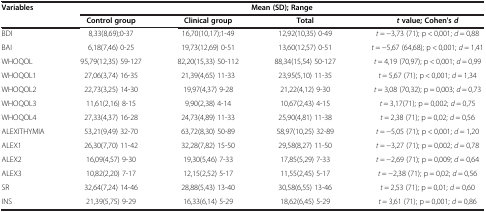
<table><thead><tr><td rowspan="2"><b>Variables</b></td><td colspan="4"><b>Mean (SD); Range</b></td></tr><tr><td><b>Control group</b></td><td><b>Clinical group</b></td><td><b>Total</b></td><td><b><i>t </i>value; Cohen's <i>d</i></b></td></tr></thead><tbody><tr><td>BDI</td><td>8,33(8,69);0-37</td><td>16,70(10,17);1-49</td><td>12,92(10,35) 0-49</td><td><i>t</i> = −3,73 (71); p &lt; 0,001; <i>d</i> = 0,88</td></tr><tr><td>BAI</td><td>6,18(7,46) 0-25</td><td>19,73(12,69) 0-51</td><td>13,60(12,57) 0-51</td><td><i>t</i> = −5,67 (64,68); p &lt; 0,001; <i>d</i> = 1,41</td></tr><tr><td>WHOQOL</td><td>95,79(12,35) 59-127</td><td>82,20(15,33) 50-112</td><td>88,34(15,54) 50-127</td><td><i>t</i> = 4,19 (70,97); p &lt; 0,001; <i>d</i> = 0,99</td></tr><tr><td>WHOQOL1</td><td>27,06(3,74) 16-35</td><td>21,39(4,65) 11-33</td><td>23,95(5,10) 11-35</td><td><i>t</i> = 5,67 (71); p &lt; 0,001; <i>d</i> = 1,34</td></tr><tr><td>WHOQOL2</td><td>22,73(3,25) 14-30</td><td>19,97(4,37) 9-28</td><td>21,22(4,12) 9-30</td><td><i>t</i> = 3,08 (70,32); p = 0,003; <i>d</i> = 0,73</td></tr><tr><td>WHOQOL3</td><td>11,61(2,16) 8-15</td><td>9,90(2,38) 4-14</td><td>10,67(2,43) 4-15</td><td><i>t</i> = 3,17(71); p = 0,002; <i>d</i> = 0,75</td></tr><tr><td>WHOQOL4</td><td>27,33(4,37) 16-28</td><td>24,73(4,89) 11-33</td><td>25,90(4,81) 11-38</td><td><i>t</i> = 2,38 (71); p = 0,02; <i>d</i> = 0,56</td></tr><tr><td>ALEXITHYMIA</td><td>53,21(9,49) 32-70</td><td>63,72(8,30) 50-89</td><td>58,97(10,25) 32-89</td><td><i>t</i> = −5,05 (71); p &lt; 0,001; <i>d</i> = 1,20</td></tr><tr><td>ALEX1</td><td>26,30(7,70) 11-42</td><td>32,28(7,82) 15-50</td><td>29,58(8,27) 11-50</td><td><i>t</i> = −3,27 (71); p = 0,002; <i>d</i> = 0,78</td></tr><tr><td>ALEX2</td><td>16,09(4,57) 9-30</td><td>19,30(5,46) 7-33</td><td>17,85(5,29) 7-33</td><td><i>t</i> = −2,69 (71); p = 0,009; <i>d</i> = 0,64</td></tr><tr><td>ALEX3</td><td>10,82(2,20) 7-17</td><td>12,15(2,52) 5-17</td><td>11,55(2,45) 5-17</td><td><i>t</i> = −2,38 (71); p = 0,02; <i>d</i> = 0,56</td></tr><tr><td>SR</td><td>32,64(7,24) 14-46</td><td>28,88(5,43) 13-40</td><td>30,58(6,55) 13-46</td><td><i>t</i> = 2,53 (71); p = 0,01; <i>d</i> = 0,60</td></tr><tr><td>INS</td><td>21,39(5,75) 9-29</td><td>16,33(6,14) 5-29</td><td>18,62(6,45) 5-29</td><td><i>t</i> = 3,61 (71); p = 0,001; <i>d</i> = 0,86</td></tr></tbody></table>